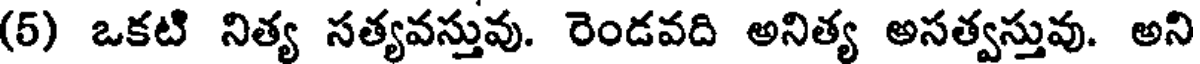
(5) ఒకటి నిత్య సత్యవస్తువు. రెండవది అనిత్య అసత్వస్తువు. అని